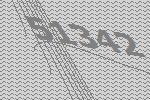
51342